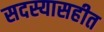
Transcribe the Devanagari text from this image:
सदस्यासहीत